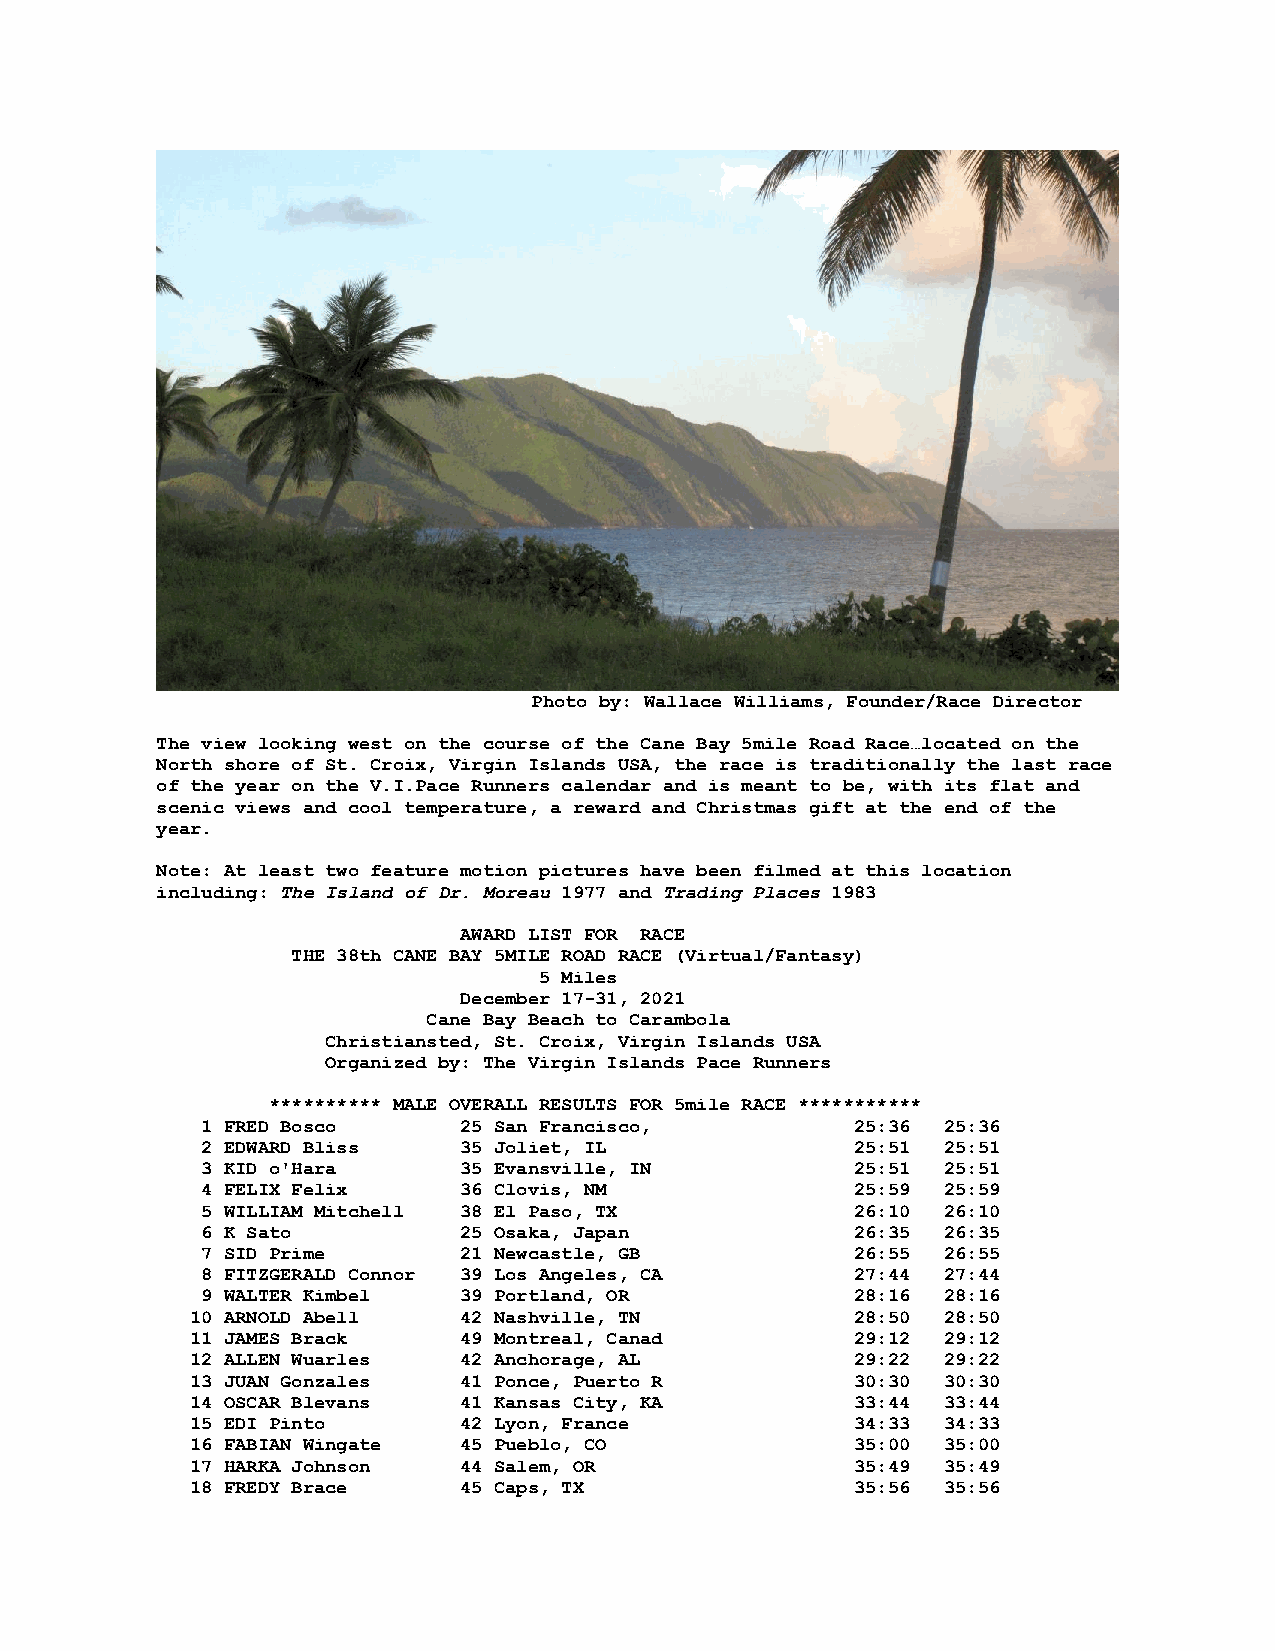
Photo by: Wallace Williams, Founder/Race Director
 The view looking west on the course of the Cane Bay 5mile Road Race…located on the
 North shore of St. Croix, Virgin Islands USA, the race is traditionally the last race
 of the year on the V.I.Pace Runners calendar and is meant to be, with its flat and
 scenic views and cool temperature, a reward and Christmas gift at the end of the
 year.
 Note: At least two feature motion pictures have been filmed at this location
 including: The Island of Dr. Moreau 1977 and Trading Places 1983
 AWARD LIST FOR RACE
 THE 38th CANE BAY 5MILE ROAD RACE (Virtual/Fantasy)
 5 Miles
 December 17-31, 2021
 Cane Bay Beach to Carambola
 Christiansted, St. Croix, Virgin Islands USA
 Organized by: The Virgin Islands Pace Runners
 ********** MALE OVERALL RESULTS FOR 5mile RACE ***********
 1 FRED Bosco     25 San Francisco,          25:36 25:36
 2 EDWARD Bliss   35 Joliet, IL              25:51 25:51
 3 KID o'Hara     35 Evansville, IN          25:51 25:51
 4 FELIX Felix    36 Clovis, NM              25:59 25:59
 5 WILLIAM Mitchell 38 El Paso, TX           26:10 26:10
 6 K Sato         25 Osaka, Japan            26:35 26:35
 7 SID Prime      21 Newcastle, GB           26:55 26:55
 8 FITZGERALD Connor 39 Los Angeles, CA      27:44 27:44
 9 WALTER Kimbel  39 Portland, OR            28:16 28:16
 10 ARNOLD Abell  42 Nashville, TN           28:50 28:50
 11 JAMES Brack   49 Montreal, Canad         29:12 29:12
 12 ALLEN Wuarles 42 Anchorage, AL           29:22 29:22
 13 JUAN Gonzales 41 Ponce, Puerto R         30:30 30:30
 14 OSCAR Blevans 41 Kansas City, KA         33:44 33:44
 15 EDI Pinto     42 Lyon, France            34:33 34:33
 16 FABIAN Wingate 45 Pueblo, CO             35:00 35:00
 17 HARKA Johnson 44 Salem, OR               35:49 35:49
 18 FREDY Brace   45 Caps, TX                35:56 35:56